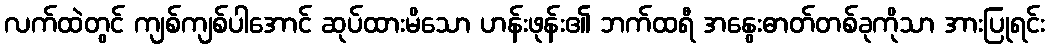
လက်ထဲတွင် ကျစ်ကျစ်ပါအောင် ဆုပ်ထားမိသော ဟန်းဖုန်း၏ ဘက်ထရီ အနွေးဓာတ်တစ်ခုကိုသာ အားပြုရင်း